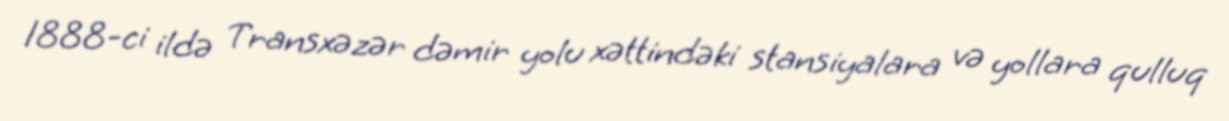
1888-ci ildə Transxəzər dəmir yolu xəttindəki stansiyalara və yollara qulluq